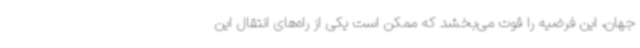
جهان، این فرضیه را قوت می‌بخشد که ممکن است یکی از راه‌های انتقال این